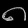
Digit: ၈